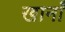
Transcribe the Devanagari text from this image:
खानाँ